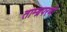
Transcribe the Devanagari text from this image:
ताम्ब्रपरणी